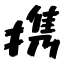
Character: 携